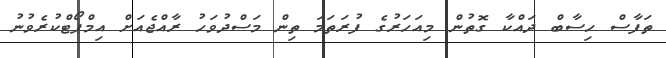
ތަފާސް ހިސާބް ދައްކާ ގޮތުން މިއަހަރުގެ ފުރަތަމަ ތިން މަސްދުވަހު ރާއްޖެއަށް އިމްޕޯޓްކުރެވުނު